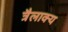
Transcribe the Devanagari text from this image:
त्रैलाक्य